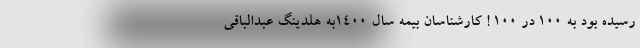
رسیده بود به 100 در 100 ! کارشناسان بیمه سال 1400به هلدینگ عبدالباقی